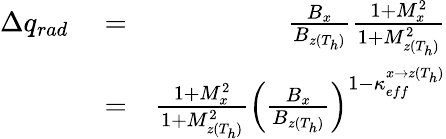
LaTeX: \begin{array}{rlr}{\Delta q_{rad}}&{{}=}&{\frac{B_{x}}{B_{z(T_{h})}}\frac{1+M_{x}^{2}}{1+M_{z(T_{h})}^{2}}}\\ {~}&{{}=}&{\frac{1+M_{x}^{2}}{1+M_{z(T_{h})}^{2}}\left(\frac{B_{x}}{B_{z(T_{h})}}\right)^{1-\kappa_{eff}^{x\rightarrow z(T_{h})}}}\end{array}